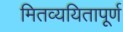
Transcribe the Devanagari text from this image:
मितव्ययितापूर्ण